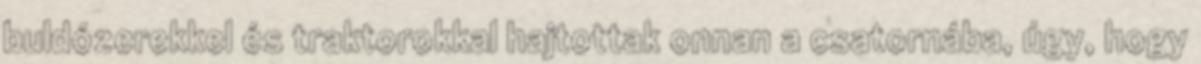
buldózerekkel és traktorokkal hajtottak onnan a csatornába, úgy, hogy